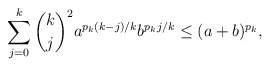
\begin{align*}\sum_{j=0}^{k} \dbinom{k}{j}^2 a^{p_k(k-j)/k} b^{p_k j/k} \leq (a+b)^{p_k},\end{align*}